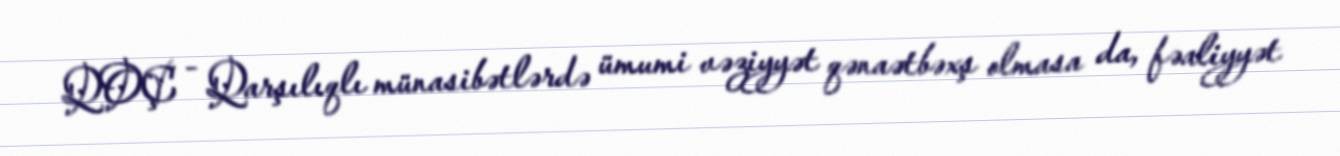
QOÇ - Qarşılıqlı münasibətlərdə ümumi vəziyyət qənaətbəxş olmasa da, fəaliyyət